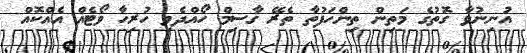
އުނިނުވާ ގޮތުގެ މަތިން ތިންހަފުތާ ތެރޭ ގާސިމް ހޯއްދެވި ހުރިހާ ވޯޓެއް އެއްކޮއް